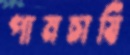
পামচাষি